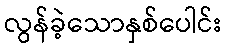
လွန်ခဲ့သောနှစ်ပေါင်း